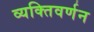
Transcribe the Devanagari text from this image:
व्यक्तिवर्णन